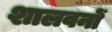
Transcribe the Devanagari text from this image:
शालवनों